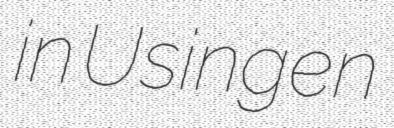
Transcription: in Usingen